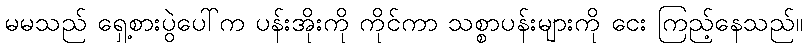
မမသည် ရှေ့စားပွဲပေါ်က ပန်းအိုးကို ကိုင်ကာ သစ္စာပန်းများကို ငေး ကြည့်နေသည်။